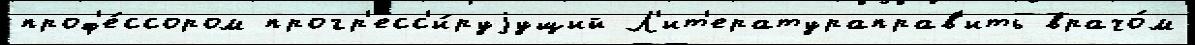
проф'е́ссором прогр'есс'и́руjущий Л'ит'ератураправ'ить врачо́м